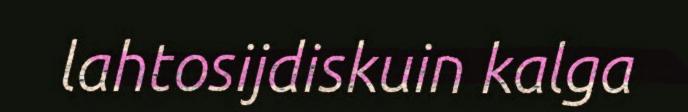
lahtosijdiskuin kalga